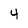
Character: 4